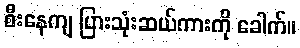
စီးနေကျ ပြားသုံးဆယ်ကားကို ခေါက်။